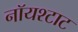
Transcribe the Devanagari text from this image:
नॉयश्टाट